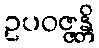
ဥပဝဇ္ဇန္တိ